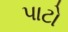
પાટો